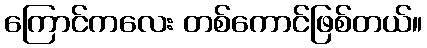
ကြောင်ကလေး တစ်ကောင်ဖြစ်တယ်။